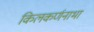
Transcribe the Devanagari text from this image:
किलकर्णनाभा